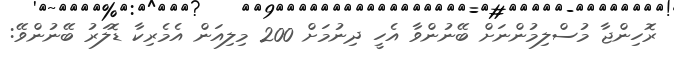
ރޮހިންޖާ މުސްލިމުންނަށް ބޭނުންވާ އެހީ ދިނުމަށް 200 މިލިއަން އެމެރިކާ ޑޮލަރު ބޭނުންވޭ: